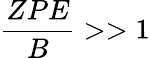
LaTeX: \frac{ZPE}{B}>>1